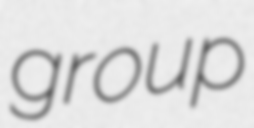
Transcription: group